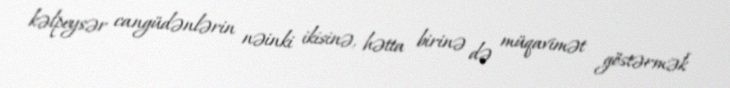
kəlpeysər cangüdənlərin nəinki ikisinə, hətta birinə də müqavimət göstərmək